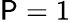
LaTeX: \mathsf{P}=1